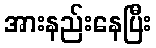
အားနည်းနေပြီး